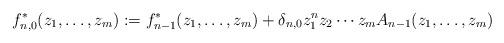
LaTeX: \begin{align*} f^*_{n,0}(z_1,\ldots,z_m):=f^*_{n-1}(z_1,\ldots,z_m)+\delta_{n,0}z_1^nz_2\cdots z_mA_{n-1}(z_1,\ldots,z_m) \end{align*}